Indian journal of veterinary science and animal husbandry - Volume 3,
Year: 1933
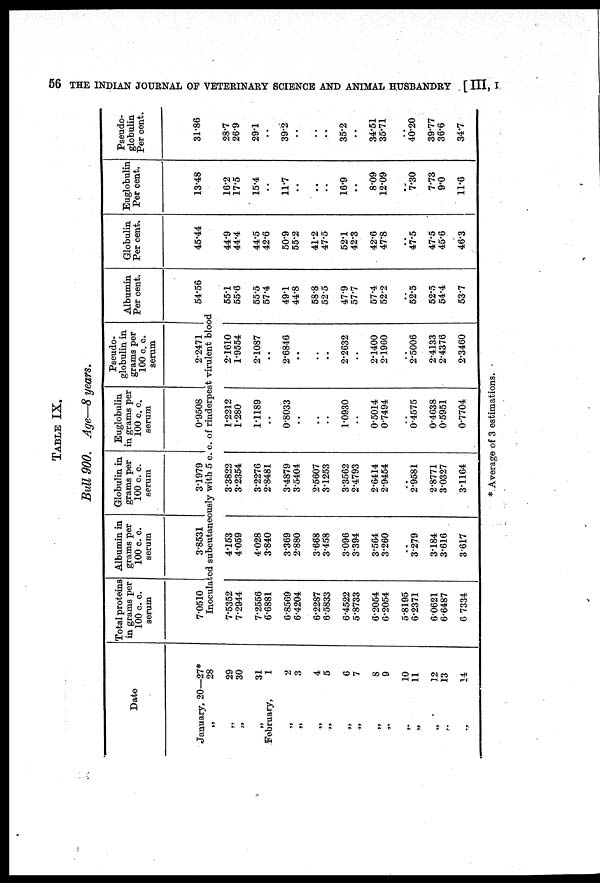
56 THE INDIAN JOURNAL OF VETERINARY SCIENCE AND ANIMAL HUSBANDRY [ III, I
TABLE IX.
Bull 900. Age—8 years.
Date
January, 20—27*
„
28
„
29
„ 30
„ 31
February,
1
„
2
„
3
„ 4
„
5
„ 6
„
7
„
8
„ 9
„ 10
„
11
„ 12
„
13
„
14
Total proteins
in grams per
100 c. c.
serum
7.0510
Albumin in
grams per
100 c. c.
serum
3.8531
Globulin in
grams per
100 c. c.
serum
3.1979
Euglobulin
in grams per
100 c. c.
serum
0.9508
Pseudo¬
globulin in
grams per
100 c. c.
serum
2.2471
Albumin
Per cent.
54.56
Inoculated subcutaneously with 5 c. c. of rinderpest virulent blood
7.5352
7.2944
7.2556
6.6881
6.8569
6.4204
6.2287
6.5833
6.4522
5.8733
6.2054
6.2054
5.8195
6.2371
6.0621
6.6487
6 7334
4.153
4.059
4.028
3.840
3 369
2.880
3.668
3.458
3.096
3.394
3.564
3.260
..
3.279
3.184
3.616
3.617
3.3822
3.2354
3.2276
2.8481
3.4879
3.5404
2.5607
3.1253
3.3562
2.4793
2.6414
2.9454
..
2.9581
2.8771
3.0327
3.1164
1.2212
1.280
1.1189
..
0.8033
..
..
..
1.0930
..
0.5014
0.7494
..
0.4575
0.4638
0.5951
0.7704
2.1610
1.9554
2.1087
..
2.6846
..
..
..
2.2632
..
2.1400
2.1960
..
2.5006
2.4133
2.4376
2.3460
55.1
55.6
55.5
57.4
49.1
44.8
58.8
52.5
47.9
57.7
57.4
52.2
..
52.5
52.5
54.4
53.7
Globulin
Per cent.
45.44
44.9
44.4
44.5
42.6
50.9
55.2
41.2
47.5
52.1
42.3
42.6
47.8
..
47.5
47.5
45.6
46.3
Euglobulin
Per cent.
13.48
16.2
17.5
15.4
..
11.7
..
..
..
16.9
..
8.09
12.09
..
7.30
7.73
9.0
11.6
Pseudo¬
globulin
Per cent.
31.86
28.7
26.9
29.1
..
39.2
..
..
..
35.2
..
34.51
35.71
..
40.20
39.77
36.6
34.7
* Average of 3 estimations.